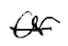
Text: or
Cross-out: single-line
Writing tool: digital_black